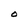
Character: O